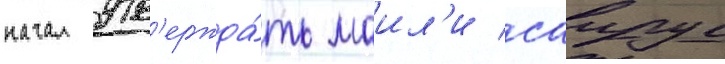
начал утв'ержда́ть маил'и саирус